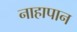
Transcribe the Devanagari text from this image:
नाहापान